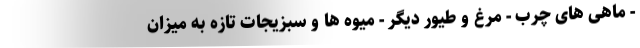
- ماهی های چرب - مرغ و طیور دیگر - میوه ها و سبزیجات تازه به میزان